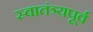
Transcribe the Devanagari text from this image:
स्वातंत्र्यपूूर्व